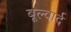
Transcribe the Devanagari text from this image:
बूल्वार्द